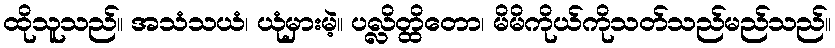
ထိုသူသည်။ အသံသယံ၊ ယုံမှားမဲ့။ ပလ္လိတ္ထိတော၊ မိမိကိုယ်ကိုသတ်သည်မည်သည်။